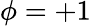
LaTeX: \phi=+1